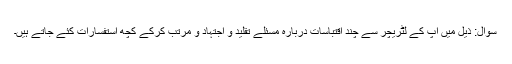
سوال: ذیل میں آپ کے لٹریچر سے چند اقتباسات دربارہ مسئلے تقلید و اجتہاد و مرتب کرکے کچھ استفسارات کئے جاتے ہیں۔